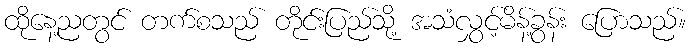
ထိုနေ့ညတွင် တက်စသည် တိုင်းပြည်သို့ အသံလွှင့်မိန့်ခွန်း ပြောသည်။